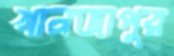
খানজাপুর